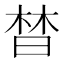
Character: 𣈅